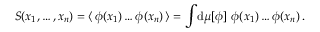
{ \cal S } ( x _ { 1 } , \dots , x _ { n } ) = \langle \, \phi ( x _ { 1 } ) \dots \phi ( x _ { n } ) \, \rangle = \int \! \mathrm { d } \mu [ \phi ] \, \, \phi ( x _ { 1 } ) \dots \phi ( x _ { n } ) \, .